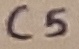
Text: C5